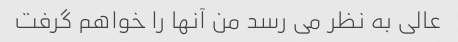
عالی به نظر می رسد من آنها را خواهم گرفت